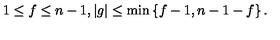
1 \leq f \leq n - 1 , | g | \leq \min \left\{ f - 1 , n - 1 - f \right\} .